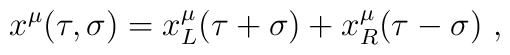
x^\mu(\tau,\sigma)=x^\mu_L(\tau+\sigma)+x^\mu_R(\tau-\sigma)\ ,